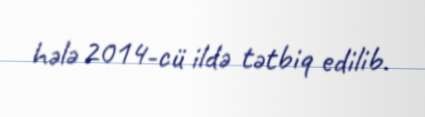
hələ 2014-cü ildə tətbiq edilib.